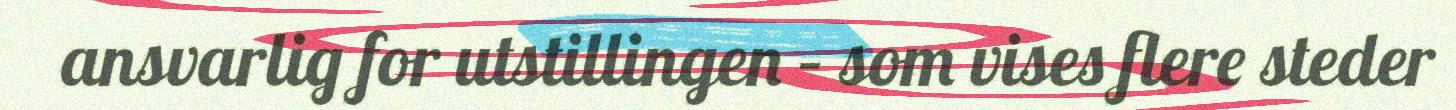
ansvarlig for utstillingen – som vises flere steder